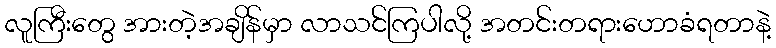
လူကြီးတွေ အားတဲ့အချိန်မှာ လာသင်ကြပါလို့ အတင်းတရားဟောခံရတာနဲ့